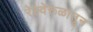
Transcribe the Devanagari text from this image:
रेल्वेरूळांतून